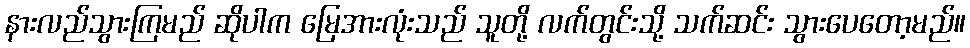
နားလည်သွားကြမည် ဆိုပါက မြေအားလုံးသည် သူတို့ လက်တွင်းသို့ သက်ဆင်း သွားပေတော့မည်။